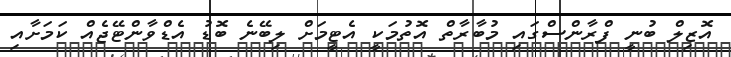
އޮޒިލް ބުނީ ފްރާންސްގައި މުބާރާތް އޮތުމަކީ އެޓީމަށް ލިބޭނެ ބޮޑު އެޑްވާންޓޭޖެއް ކަމަށާއި